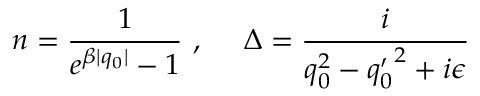
n = \frac { 1 } { e ^ { \beta | q _ { 0 } | } - 1 } ~ , ~ ~ ~ ~ { \Delta } = \frac { i } { q _ { 0 } ^ { 2 } - { q _ { 0 } ^ { \prime } } ^ { 2 } + i \epsilon }